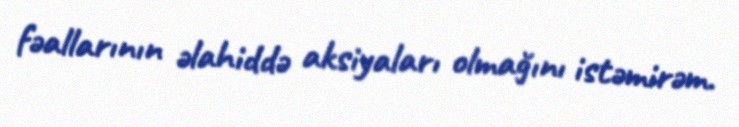
fəallarının əlahiddə aksiyaları olmağını istəmirəm.